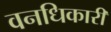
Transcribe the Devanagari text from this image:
वनधिकारी